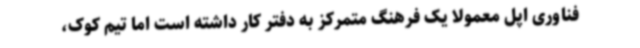
فناوری اپل معمولا یک فرهنگ متمرکز به دفتر کار داشته است اما تیم کوک،